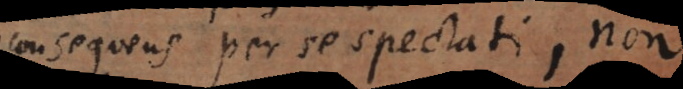
consequens per se spectati, non